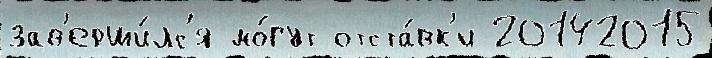
зав'ерши́лс'я мо́гут отста́вк'и 20142015